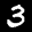
Label: 3